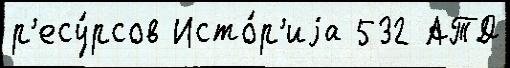
р'есу́рсов Исто́р'иjа 532 АТД